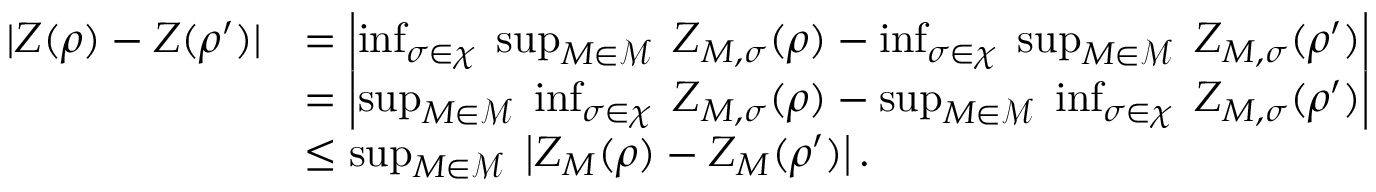
\begin{array} { r l } { | Z ( \rho ) - Z ( \rho ^ { \prime } ) | } & { = \left| \operatorname* { i n f } _ { \sigma \in \chi } \; \operatorname* { s u p } _ { M \in \mathscr { M } } \; Z _ { M , \sigma } ( \rho ) - \operatorname* { i n f } _ { \sigma \in \chi } \; \operatorname* { s u p } _ { M \in \mathscr { M } } \; Z _ { M , \sigma } ( \rho ^ { \prime } ) \right| } \\ & { = \left| \operatorname* { s u p } _ { M \in \mathscr { M } } \; \operatorname* { i n f } _ { \sigma \in \chi } \; Z _ { M , \sigma } ( \rho ) - \operatorname* { s u p } _ { M \in \mathscr { M } } \; \operatorname* { i n f } _ { \sigma \in \chi } \; Z _ { M , \sigma } ( \rho ^ { \prime } ) \right| } \\ & { \leq \operatorname* { s u p } _ { M \in \mathscr { M } } \; \left| Z _ { M } ( \rho ) - Z _ { M } ( \rho ^ { \prime } ) \right| . } \end{array}